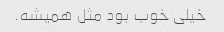
خیلی خوب بود مثل ‌همیشه.